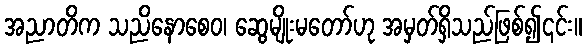
အညာတိက သညိနောစေဝ၊ ဆွေမျိုးမတော်ဟု အမှတ်ရှိသည်ဖြစ်၍၎င်း။